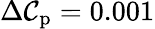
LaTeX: \Delta\mathcal{C}_{\mathrm{{p}}}=0.001